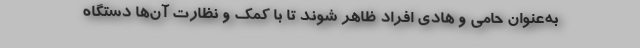
به‌عنوان حامی و هادی افراد ظاهر شوند تا با کمک و نظارت آن‌ها دستگاه